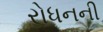
રોધનની